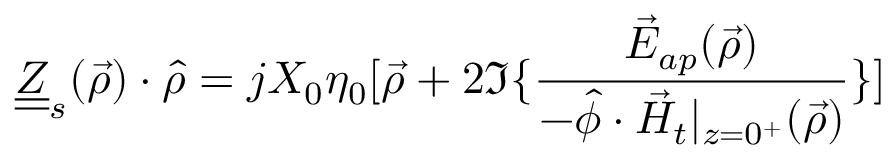
\underline { { \underline { { Z } } } } _ { s } ( \vec { \rho } ) \cdot \hat { \rho } = j X _ { 0 } \eta _ { 0 } [ \vec { \rho } + 2 \Im \{ \frac { \vec { E } _ { a p } ( \vec { \rho } ) } { - \hat { \phi } \cdot \vec { H } _ { t } | _ { z = 0 ^ { + } } ( \vec { \rho } ) } \} ]